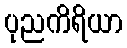
ပုညကိရိယာ